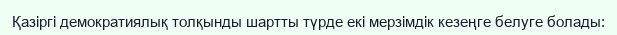
Қазіргі демократиялық толқынды шартты түрде екі мерзімдік кезеңге белуге болады: